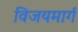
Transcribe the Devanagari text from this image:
विजयमार्ग